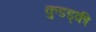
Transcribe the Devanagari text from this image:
कुडड्की